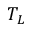
T _ { L }